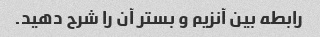
رابطه بین آنزیم و بستر آن را شرح دهید.